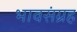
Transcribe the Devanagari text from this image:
भावसंग्रह